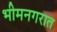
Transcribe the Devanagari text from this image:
भीमनगरात